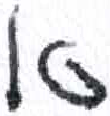
אות: א